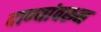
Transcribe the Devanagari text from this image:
दाण्यांवरून